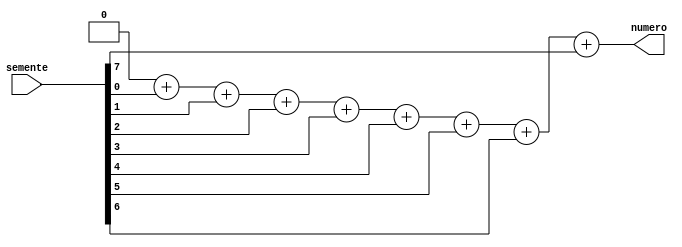
module randomG(
    input wire[13:0]semente,
    output wire[3:0]numero
);
    reg [3:0] uns;
    integer i; 
    always @ (semente) begin
    uns = 0;
    for (i = 0; i < 8; i = i + 1) begin
      uns = uns + semente[i];
    end
    end
  assign numero = uns;
endmodule